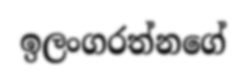
ඉලංගරත්නගේ